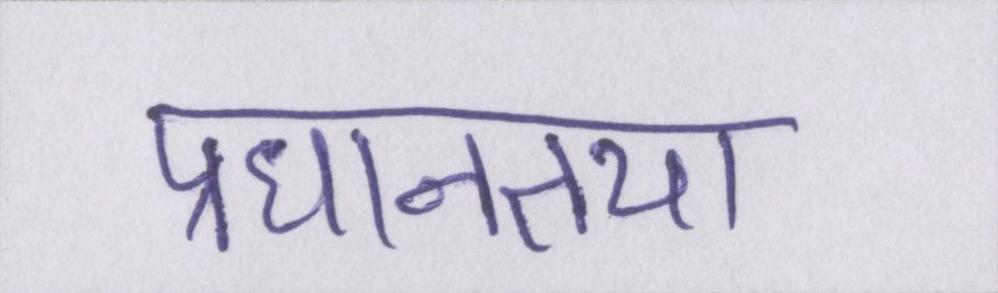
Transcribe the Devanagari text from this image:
प्रधानतया